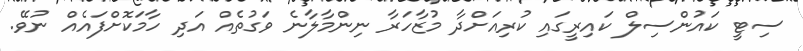
ސިޓީ ކައުންސިލް ކައިރީގައި ކުރިއަށްދާ މުޒާހަރާ ނިންމާލާނެ ވަގުތެއް އަދި ހާމަކޮށްފައެއް ނުވޭ.